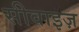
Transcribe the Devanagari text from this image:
सीवाइज़